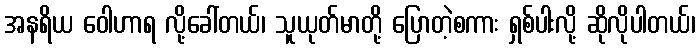
အနရိယ ဝေါဟာရ လို့ခေါ်တယ်၊ သူယုတ်မာတို့ ပြောတဲ့စကား ရှစ်ပါးလို့ ဆိုလိုပါတယ်၊